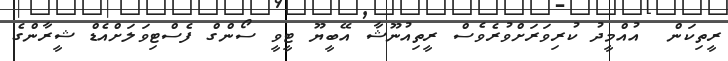
ރީތިކަން  އުއްމީދު ކުރިވަރަށްވުރެވެސް ރީތިއުނޫޝާ އޭބީޔޫ ޓީވީ ސޯންގް ފެސްްޓިވަލަށްއެޑް ޝީރާންގެ